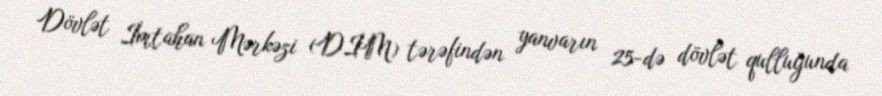
Dövlət İmtahan Mərkəzi (DİM) tərəfindən yanvarın 25-də dövlət qulluğunda